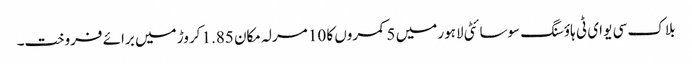
بلاک سی یو ای ٹی ہاؤسنگ سوسائٹی لاہور میں 5 کمروں کا 10 مرلہ مکان 1.85 کروڑ میں برائے فروخت۔